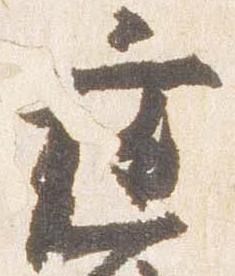
庭